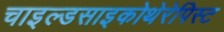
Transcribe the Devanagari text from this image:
चाइल्डसाइकोथेरेपिस्ट